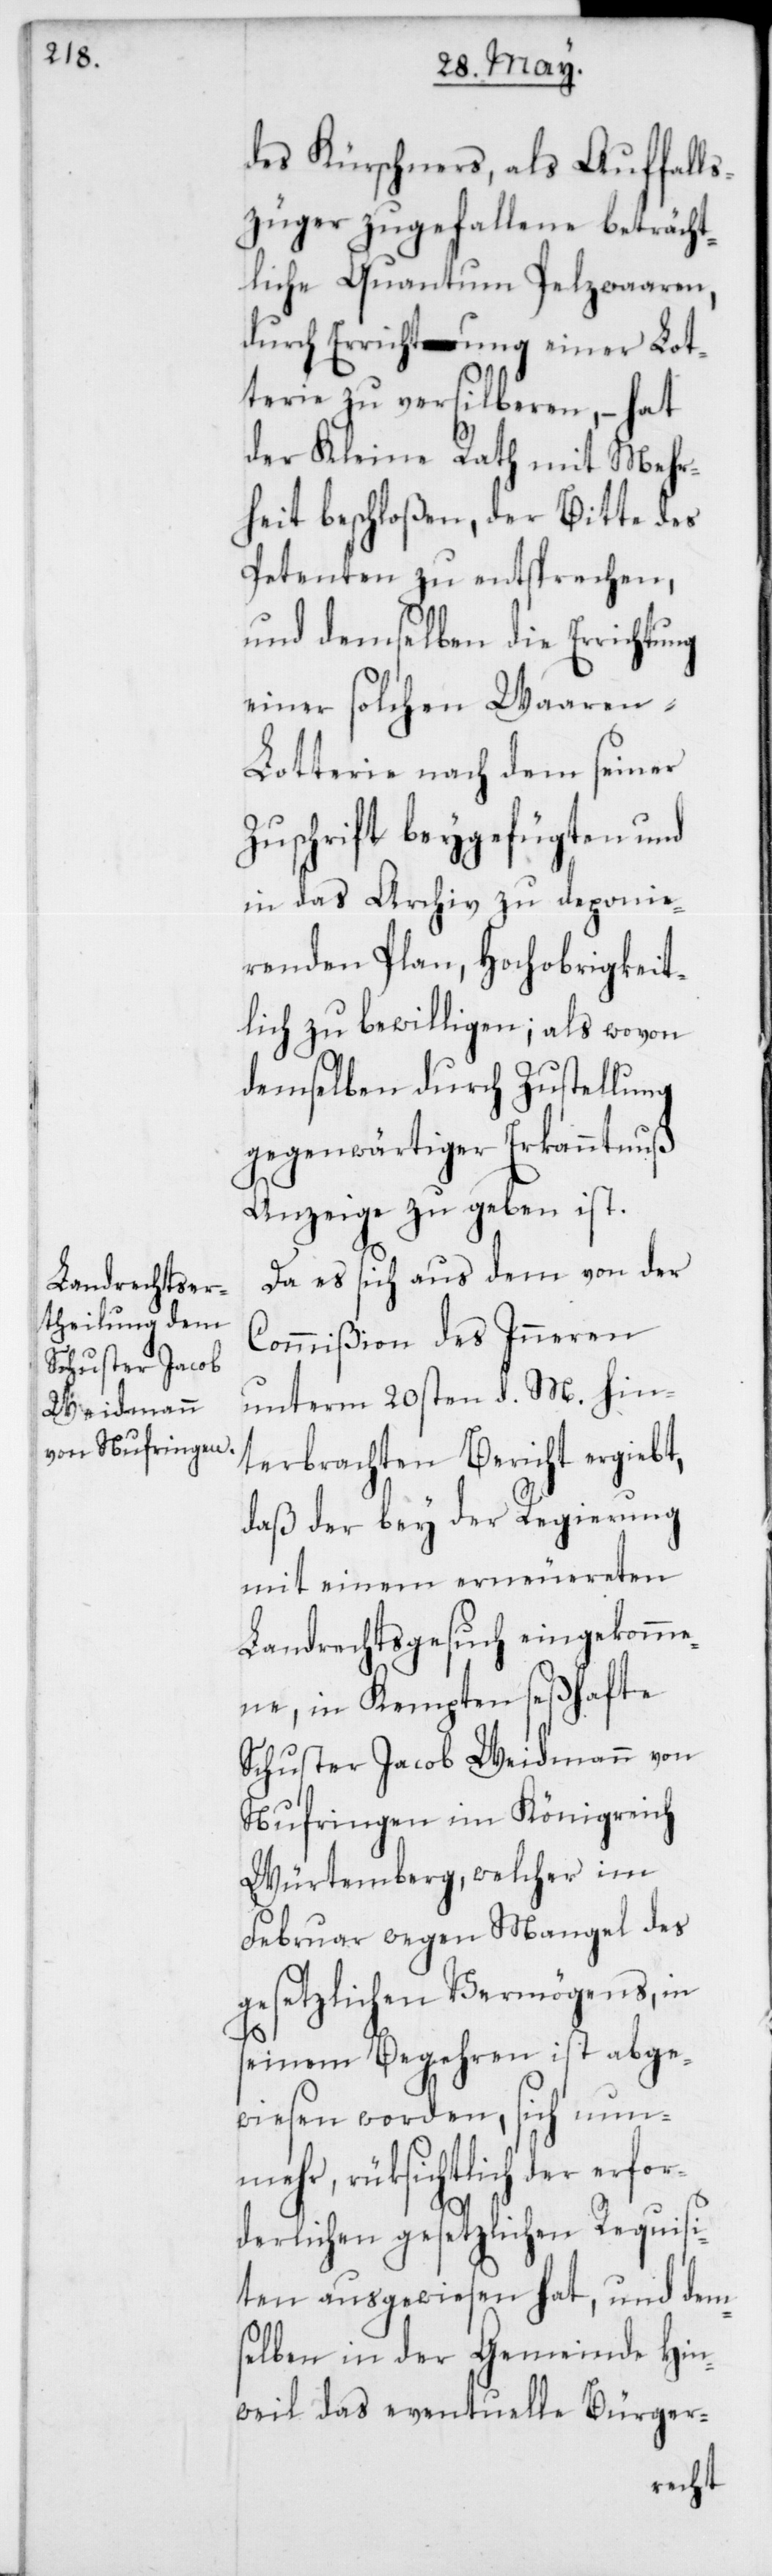
des Kürschners, als Auffalls¬
züger zugefallene beträcht¬
liche Quantum Pelzwaaren,
durch Errichtung einer Lot¬
terie zu versilberen, – hat
der Kleine Rath mit Mehr¬
heit beschloßen, der Bitte des
Petenten zu entsprechen,
und demselben die Errichtung
einer solchen Waaren-L¬
otterie nach dem seiner
Zuschrift beygefügten und
in das Archiv zu deponie¬
renden Plan, Hochobrigkeit¬
lich zu bewilligen; als wovon
demselben durch Zustellung
gegenwärtiger Erkanntnuß
Anzeige zu geben ist.
Da es sich aus dem von der
Commißion des Inneren
unterm 20sten d. M. hin¬
terbrachten Bericht ergiebt,
daß der bey der Regierung
mit einem erneuereten
Landrechtsgesuch eingekomme¬
ne, in Kempten seßhafte
Schuster Jacob Weidmann von
Nufringen im Königreich
Würtemberg, welcher im
Februar wegen Mangel des
gesetzlichen Vermögens, in
seinem Begehren ist abge¬
wiesen worden, sich nun¬
mehr, rüksichtlich der erfo¬
rderlichen gesetzlichen Requisi¬
ten ausgewiesen hat, und dem¬
selben in der Gemeinde Hin¬
weil das eventuelle Bürger-